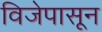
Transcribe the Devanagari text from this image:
विजेपासून